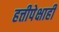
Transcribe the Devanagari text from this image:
हत्तीपेक्षाही